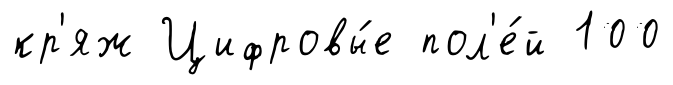
кр'яж Цифровы́е пол'е́й 100